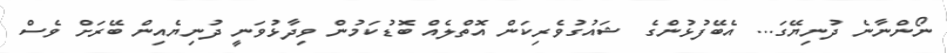
ނޯންނާނެ ދުނިޔޭގަ... އެބޭފުޅުންގެ ޝައުގުވެރިކަން އޮތްލެއް ބޮޑުކަމުން ވިދާޅުވަނީ ދުނިޔެއިން ބޭރަށް ވެސް